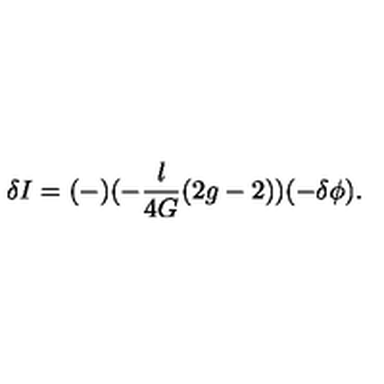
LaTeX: \delta I = ( - ) ( - { \frac { l } { 4 G } } ( 2 g - 2 ) ) ( - \delta \phi ) .